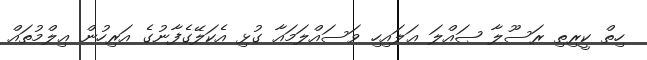
ހިތް ކީރިތި ރަސޫލާ ޞައްލަ ޢަލައިހި ވަސައްލަމައާ ގުޅި އެކަލޭގެފާނުގެ އަރިހުން ޢިލްމުތައް